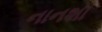
નાનશા